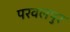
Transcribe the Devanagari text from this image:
परवलपुर